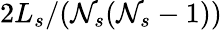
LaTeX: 2L_{s}/(\mathcal{N}_{s}(\mathcal{N}_{s}-1))